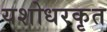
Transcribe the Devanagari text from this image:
यशोधरकृत